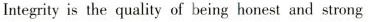
Integrity is the quality of being honest and strong